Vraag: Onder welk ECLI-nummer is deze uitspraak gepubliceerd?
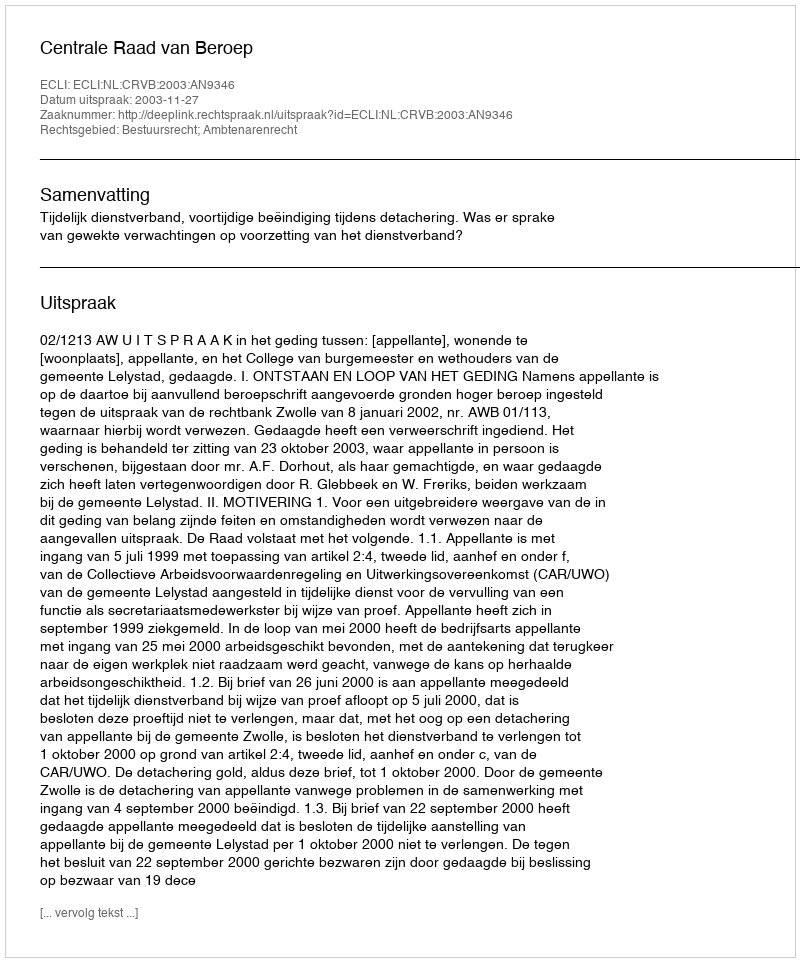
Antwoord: ECLI:NL:CRVB:2003:AN9346